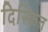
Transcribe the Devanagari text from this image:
दिस्कित